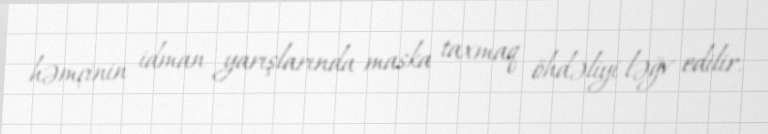
həmçinin idman yarışlarında maska taxmaq öhdəliyi ləğv edilir.